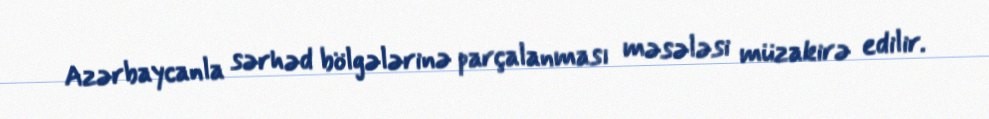
Azərbaycanla sərhəd bölgələrinə parçalanması məsələsi müzakirə edilir.